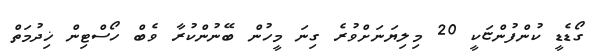
ގޯޑެޑީ ކުންފުންޏަކީ 20 މިލިޔަނަށްވުރެ ގިނަ މީހުން ބޭނުންކުރާ ވެބް ހޯސްޓިން ޚިދުމަތް